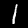
Digit: 1